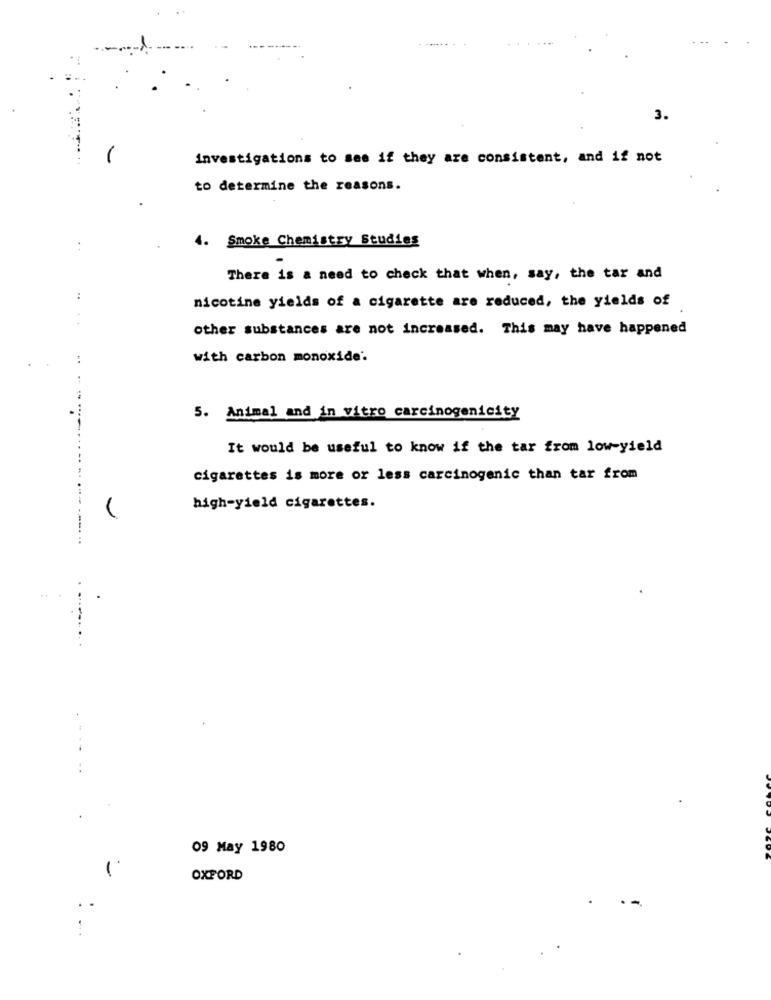
3.
investigations to see if they are consistent, and if not
to determine the reasons.
4.
Smoke Chemistry Studies
..
There is a need to check that when, say, the tar and
nicotine yields of a cigarette are reduced, the yields of
other substances are not increased. This may have happened
with carbon monoxide.
5. Animal and in vitro carcinogenicity
It would be useful to know if the tar from low-yield
.-. ..
cigarettes is more or less carcinogenic than tar from
high-yield cigarettes.
09 May 1980
OXFORD